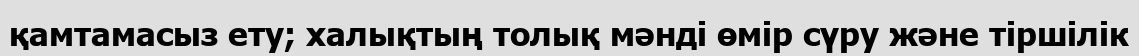
қамтамасыз ету; халықтың толық мәнді өмір сүру және тіршілік